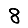
Digit: 8